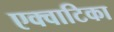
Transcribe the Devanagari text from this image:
एक्वाटिका